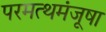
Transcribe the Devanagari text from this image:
परमत्थमंजूषा